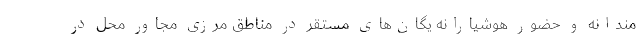
مندانه و حضور هوشیارانه یگان‌های مستقر در مناطق مرزی مجاور محل در